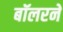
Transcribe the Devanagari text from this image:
बॉलरने